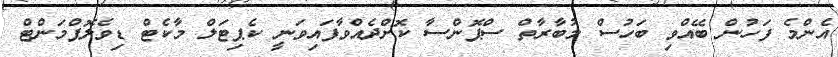
އެންމެ ފަހުން ބޭއްވި ބަހުސް މުބާރާތް ސްޕޮންސާ ކޮށްދެއްވާފައިވަނީ ކެޕިޓަލް މާކެޓް ޑިވެލޮޕްމަންޓް